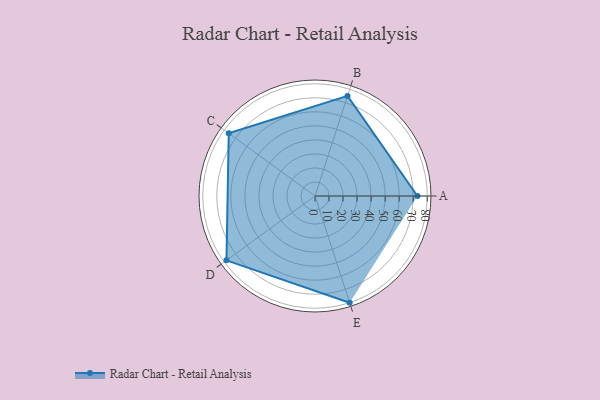
{"axis": {"x": "Skill", "y": "Score"}, "legend": ["Profile"], "data": [{"x": "A", "y": 73.0, "type": "Profile"}, {"x": "B", "y": 75.0, "type": "Profile"}, {"x": "C", "y": 76.0, "type": "Profile"}, {"x": "D", "y": 78.0, "type": "Profile"}, {"x": "E", "y": 80.0, "type": "Profile"}]}